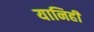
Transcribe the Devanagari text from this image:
यानिही